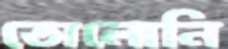
তোলোনি